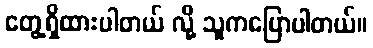
တွေ့ရှိထားပါတယ် လို့ သူကပြောပါတယ်။